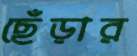
ছেঁড়ার